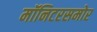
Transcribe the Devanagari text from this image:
मॉनिटरसमोर